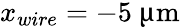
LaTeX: x_{wire}=-5~{\upmu\mathrm{m}}